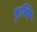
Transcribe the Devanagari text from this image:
पुन्थि